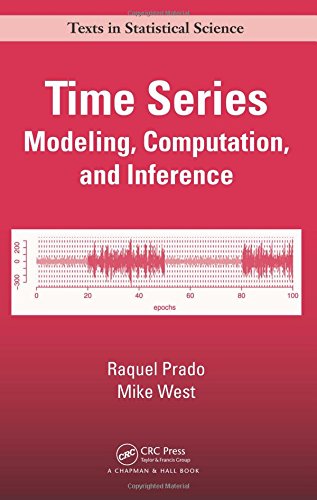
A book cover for Time Series: Modeling, Computation, and Inference (Chapman & Hall/CRC Texts in Statistical Science); Raquel Prado; Science & Math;